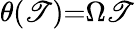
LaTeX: \theta(\mathscr{T}){=}\Omega\mathscr{T}